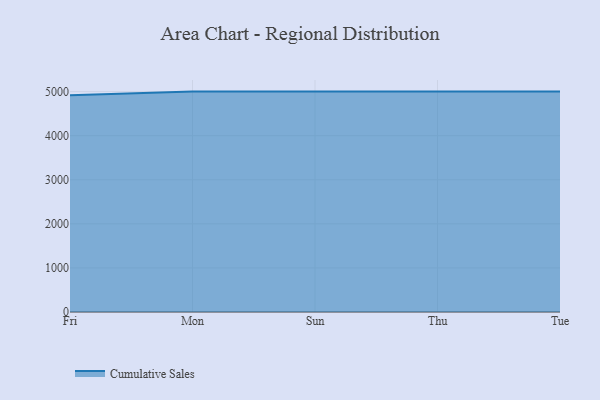
{"axis": {"x": "Day", "y": "Temperature (°C)"}, "legend": ["Cumulative Sales"], "data": [{"x": "Fri", "y": 4916.8, "type": "Cumulative Sales"}, {"x": "Mon", "y": 5000, "type": "Cumulative Sales"}, {"x": "Sun", "y": 5000, "type": "Cumulative Sales"}, {"x": "Thu", "y": 5000, "type": "Cumulative Sales"}, {"x": "Tue", "y": 5000, "type": "Cumulative Sales"}]}